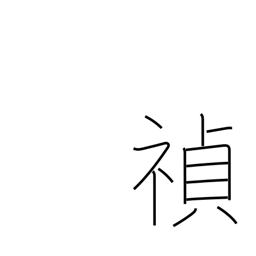
Meaning: good fortune